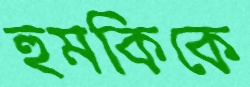
হুমকিকে